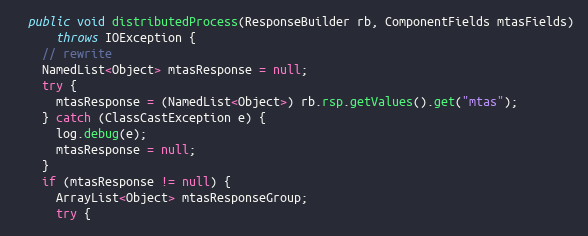
Language: Java
  public void distributedProcess(ResponseBuilder rb, ComponentFields mtasFields)
      throws IOException {
    // rewrite
    NamedList<Object> mtasResponse = null;
    try {
      mtasResponse = (NamedList<Object>) rb.rsp.getValues().get("mtas");
    } catch (ClassCastException e) {
      log.debug(e);
      mtasResponse = null;
    }
    if (mtasResponse != null) {
      ArrayList<Object> mtasResponseGroup;
      try {